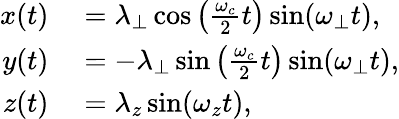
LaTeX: \begin{array}{rl}{x(t)}&{{}=\lambda_{\perp}\cos\left(\frac{\omega_{c}}{2}t\right)\sin(\omega_{\perp}t),}\\ {y(t)}&{{}=-\lambda_{\perp}\sin\left(\frac{\omega_{c}}{2}t\right)\sin(\omega_{\perp}t),}\\ {z(t)}&{{}=\lambda_{z}\sin(\omega_{z}t),}\end{array}